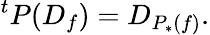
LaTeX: {}^{t}P(D_{f})=D_{P_{*}(f)}.